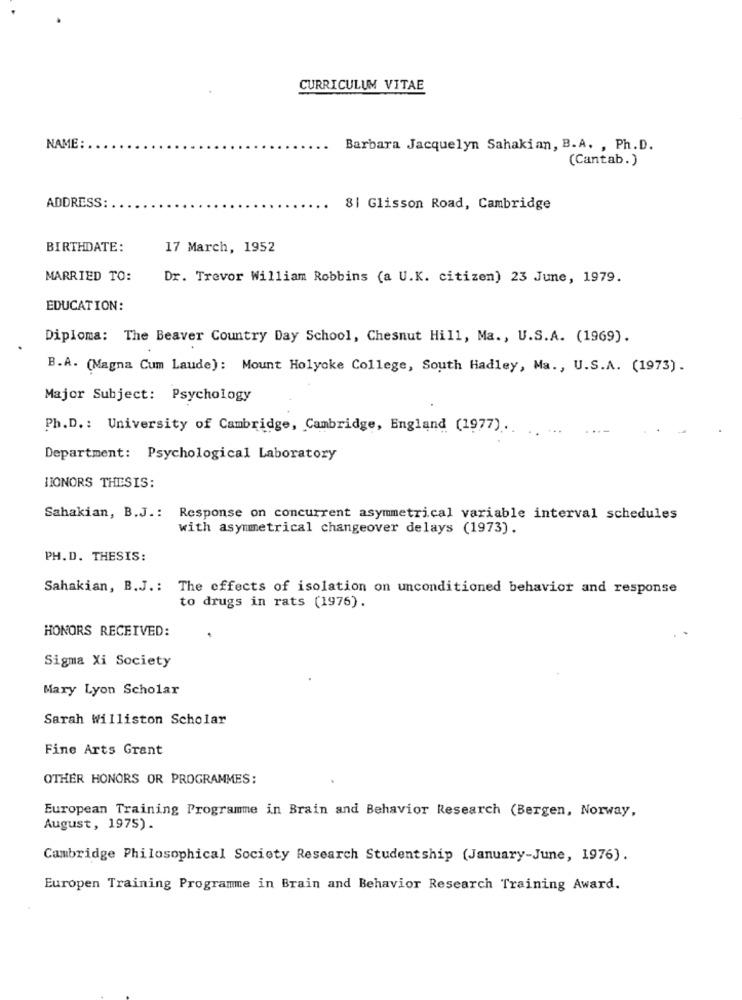
CURRICULUM VITAE
NAME:
Barbara Jacquelyn Sahakian, B.A. , Ph.D.
(Cantab.)
ADDRESS:
8| Glisson Road, Cambridge
BIRTHDATE:
17 March, 1952
MARRIED TO:
Dr. Trevor William Robbins (a U.K. citizen) 23 June, 1979.
EDUCATION:
Diploma: The Beaver Country Day School, Chesnut Hill, Ma ., U.S.A. (1969).
B.A. (Magna Cum Laude): Mount Holyoke College, South Hadley, Ma ., U.S.A. (1973).
Major Subject: Psychology
Ph.D .: University of Cambridge, Cambridge, England (1977) ...
Department: Psychological Laboratory
HONORS THESIS:
Sahakian, B.J .: Response on concurrent asymmetrical variable interval schedules
with asymmetrical changeover delays (1973).
PH.D. THESIS:
Sahakian, B.J .: The effects of isolation on unconditioned behavior and response
to drugs in rats (1976).
HONORS RECEIVED:
Sigma Xi Society
Mary Lyon Scholar
Sarah Williston Scholar
Fine Arts Grant
OTHER HONORS OR PROGRAMMES:
European Training Programme in Brain and Behavior Research (Bergen, Norway,
August, 1975) .
Cambridge Philosophical Society Research Studentship (January-June, 1976).
Europen Training Programme in Brain and Behavior Research Training Award.